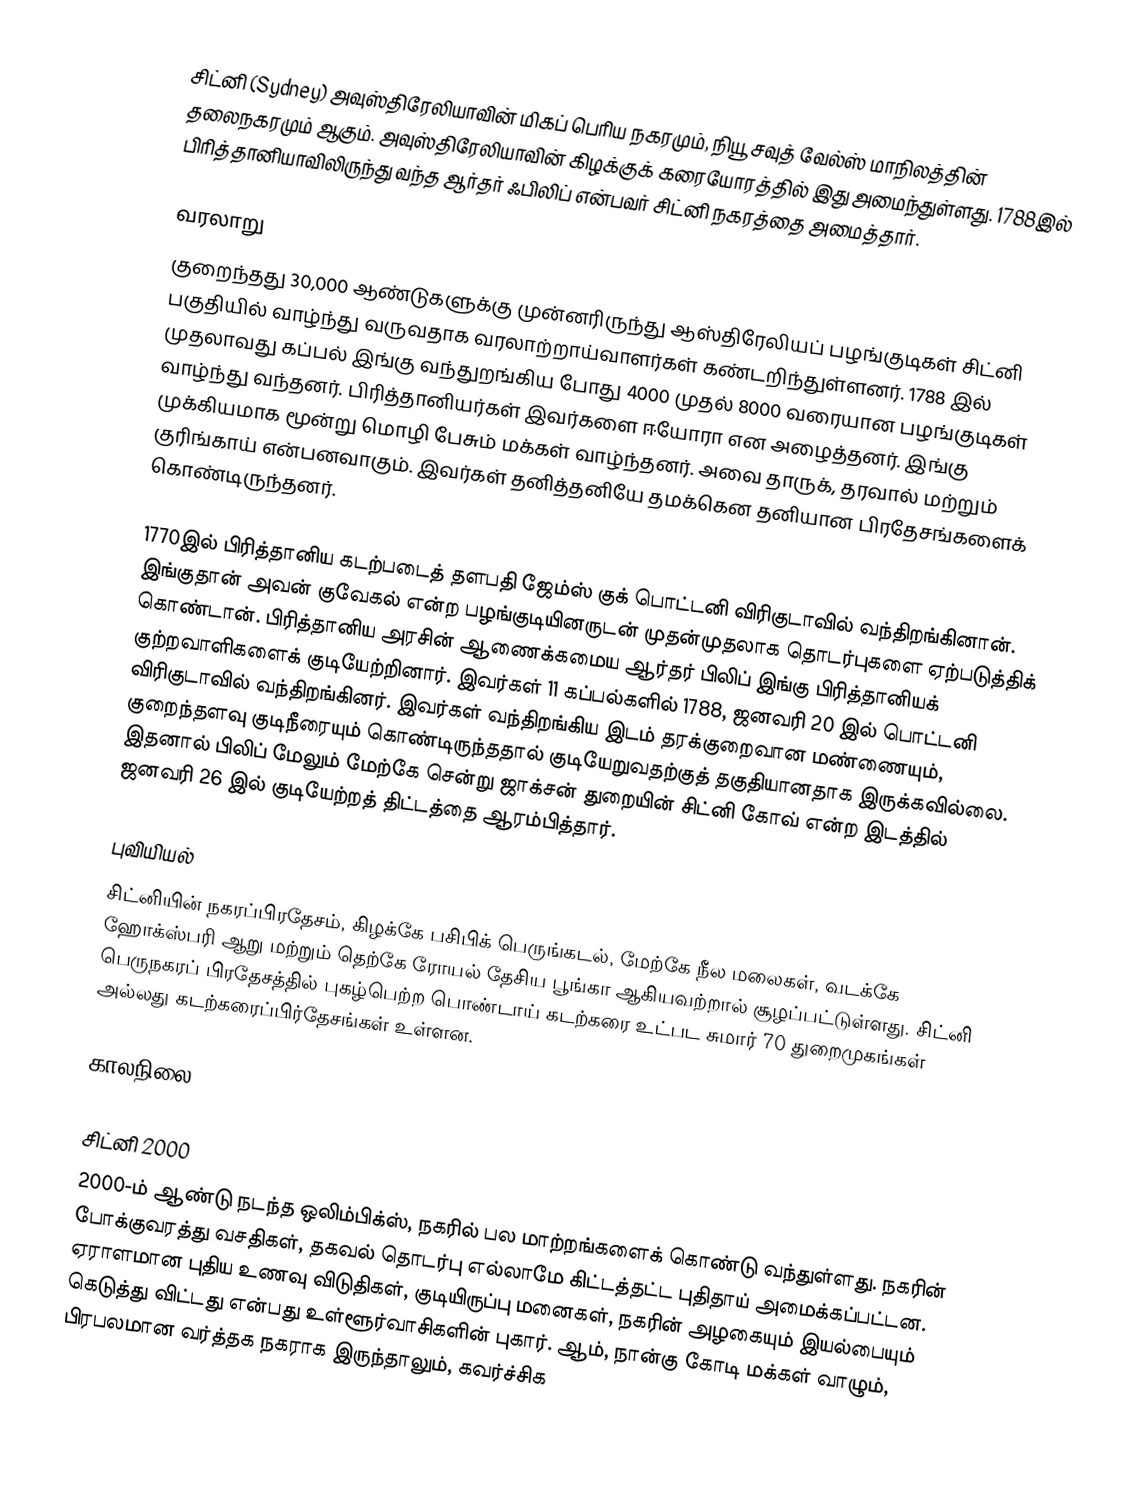
சிட்னி (Sydney) அவுஸ்திரேலியாவின் மிகப் பெரிய நகரமும், நியூ சவுத் வேல்ஸ் மாநிலத்தின் தலைநகரமும் ஆகும். அவுஸ்திரேலியாவின் கிழக்குக் கரையோரத்தில் இது அமைந்துள்ளது. 1788இல் பிரித்தானியாவிலிருந்து வந்த ஆர்தர் ஃபிலிப் என்பவர் சிட்னி நகரத்தை அமைத்தார்.

வரலாறு
குறைந்தது 30,000 ஆண்டுகளுக்கு முன்னரிருந்து ஆஸ்திரேலியப் பழங்குடிகள் சிட்னி பகுதியில் வாழ்ந்து வருவதாக வரலாற்றாய்வாளர்கள் கண்டறிந்துள்ளனர். 1788 இல் முதலாவது கப்பல் இங்கு வந்துறங்கிய போது 4000 முதல் 8000 வரையான பழங்குடிகள் வாழ்ந்து வந்தனர். பிரித்தானியர்கள் இவர்களை ஈயோரா என அழைத்தனர். இங்கு முக்கியமாக மூன்று மொழி பேசும் மக்கள் வாழ்ந்தனர். அவை தாருக், தரவால் மற்றும் குரிங்காய் என்பனவாகும். இவர்கள் தனித்தனியே தமக்கென தனியான பிரதேசங்களைக் கொண்டிருந்தனர்.

1770இல் பிரித்தானிய கடற்படைத் தளபதி ஜேம்ஸ் குக் பொட்டனி விரிகுடாவில் வந்திறங்கினான். இங்குதான் அவன் குவேகல் என்ற பழங்குடியினருடன் முதன்முதலாக தொடர்புகளை ஏற்படுத்திக் கொண்டான். பிரித்தானிய அரசின் ஆணைக்கமைய ஆர்தர் பிலிப் இங்கு பிரித்தானியக் குற்றவாளிகளைக் குடியேற்றினார். இவர்கள் 11 கப்பல்களில் 1788, ஜனவரி 20 இல் பொட்டனி விரிகுடாவில் வந்திறங்கினர். இவர்கள் வந்திறங்கிய இடம் தரக்குறைவான மண்ணையும், குறைந்தளவு குடிநீரையும் கொண்டிருந்ததால் குடியேறுவதற்குத் தகுதியானதாக இருக்கவில்லை. இதனால் பிலிப் மேலும் மேற்கே சென்று ஜாக்சன் துறையின் சிட்னி கோவ் என்ற இடத்தில் ஜனவரி 26 இல் குடியேற்றத் திட்டத்தை ஆரம்பித்தார்.

புவியியல்
சிட்னியின் நகரப்பிரதேசம், கிழக்கே பசிபிக் பெருங்கடல், மேற்கே நீல மலைகள், வடக்கே ஹோக்ஸ்பரி ஆறு மற்றும் தெற்கே ரோயல் தேசிய பூங்கா ஆகியவற்றால் சூழப்பட்டுள்ளது. சிட்னி பெருநகரப் பிரதேசத்தில் புகழ்பெற்ற பொண்டாய் கடற்கரை உட்பட சுமார் 70 துறைமுகங்கள் அல்லது கடற்கரைப்பிர்தேசங்கள் உள்ளன.

காலநிலை

சிட்னி 2000
2000-ம் ஆண்டு நடந்த ஒலிம்பிக்ஸ், நகரில் பல மாற்றங்களைக் கொண்டு வந்துள்ளது. நகரின் போக்குவரத்து வசதிகள், தகவல் தொடர்பு எல்லாமே கிட்டத்தட்ட புதிதாய் அமைக்கப்பட்டன. ஏராளமான புதிய உணவு விடுதிகள், குடியிருப்பு மனைகள், நகரின் அழகையும் இயல்பையும் கெடுத்து விட்டது என்பது உள்ளூர்வாசிகளின் புகார். ஆம், நான்கு கோடி மக்கள் வாழும், பிரபலமான வர்த்தக நகராக இருந்தாலும், கவர்ச்சிக